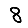
Digit: 8